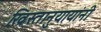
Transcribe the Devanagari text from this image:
ख्रिस्तानुयायांनी